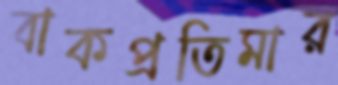
বাকপ্রতিমার